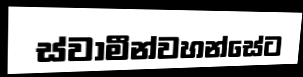
ස්වාමීන්වහන්සේට